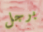
برجل